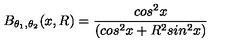
B _ { \theta _ { 1 } , \theta _ { 2 } } ( x , R ) = \frac { c o s ^ { 2 } x } { ( c o s ^ { 2 } x + R ^ { 2 } s i n ^ { 2 } x ) }